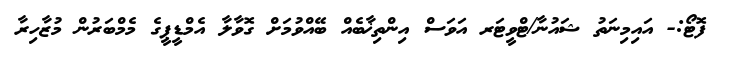
ފޮޓޯ:- އައިމިނަތު ޝައުނާ/ޓްވީޓަރ އަވަސް އިންތިޚާބެއް ބޭއްވުމަށް ގޮވާލާ އެމްޑީޕީގެ މެމްބަރުން މުޒާހިރާ